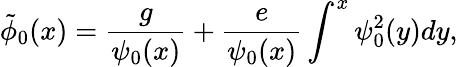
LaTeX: \tilde{\phi}_{0}(x)=\frac{g}{\psi_{0}(x)}+\frac{e}{\psi_{0}(x)}\int^{x}\psi_{0}^{2}(y)dy,